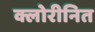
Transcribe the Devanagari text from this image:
क्लोरीनित